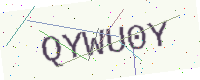
Text: QYWU0Y